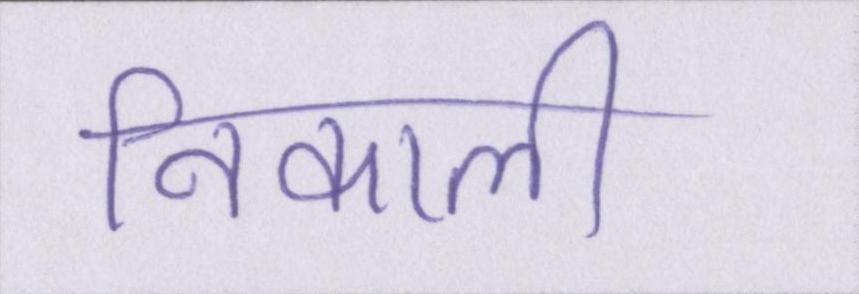
निकाली